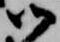
御